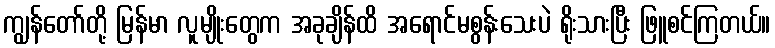
ကျွန်တော်တို့ မြန်မာ လူမျိုးတွေက အခုချိန်ထိ အရောင်မစွန်းသေးပဲ ရိုးသားပြီး ဖြူစင်ကြတယ်။